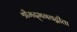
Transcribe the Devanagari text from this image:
श्रीमद्‌भगवद्गीता